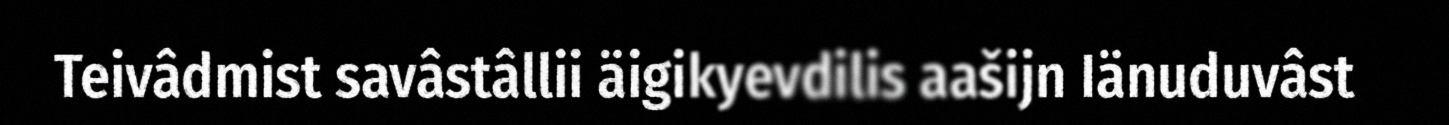
Teivâdmist savâstâllii äigikyevdilis aašijn Iänuduvâst